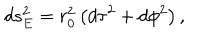
LaTeX: d s _ { E } ^ { 2 } = r _ { 0 } ^ { 2 } \left( d \tau ^ { 2 } + d \phi ^ { 2 } \right) ,